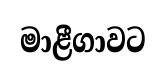
මාළීගාවට